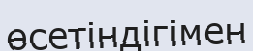
өсетіндігімен